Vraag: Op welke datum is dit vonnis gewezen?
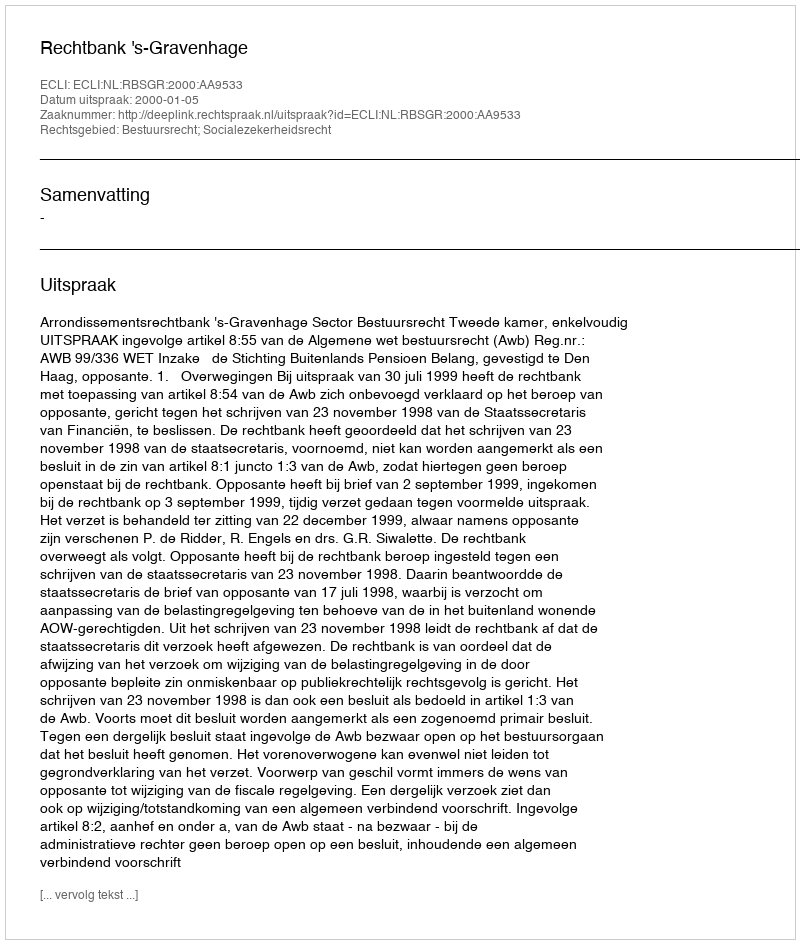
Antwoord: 2000-01-05